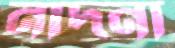
নাদনা